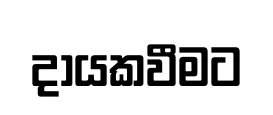
දායකවීමට